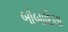
બોબાદિલા